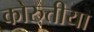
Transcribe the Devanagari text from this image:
कोरुत्तीया